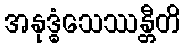
အနုဒ္ဓံသေဿန္တီတိ